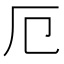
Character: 厄